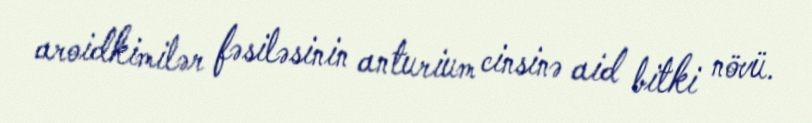
aroidkimilər fəsiləsinin anturium cinsinə aid bitki növü.